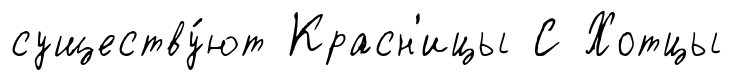
существу́ют Красн'ицы С Хотцы